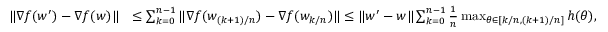
\begin{array} { r l } { \| \nabla f ( w ^ { \prime } ) - \nabla f ( w ) \| } & { \le \sum _ { k = 0 } ^ { n - 1 } \| \nabla f ( w _ { ( k + 1 ) / n } ) - \nabla f ( w _ { k / n } ) \| \le \| w ^ { \prime } - w \| \sum _ { k = 0 } ^ { n - 1 } \frac { 1 } { n } \operatorname* { m a x } _ { \theta \in [ k / n , ( k + 1 ) / n ] } h ( \theta ) , } \end{array}